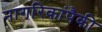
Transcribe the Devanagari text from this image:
नागरिकांपैकी